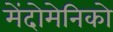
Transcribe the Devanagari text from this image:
मेंदोमेनिको